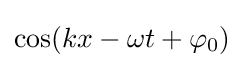
\cos(kx-\omega t+\varphi _{0})